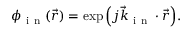
\phi _ { \mathrm { ~ i ~ n ~ } } ( \vec { r } ) = \exp { \left( j \vec { k } _ { \mathrm { ~ i ~ n ~ } } \cdot \vec { r } \right) } .